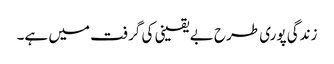
زندگی پوری طرح بے یقینی کی گرفت میں ہے۔